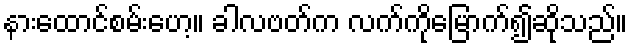
နားထောင်စမ်းဟေ့။ ခါလဗတ်က လက်ကိုမြောက်၍ဆိုသည်။